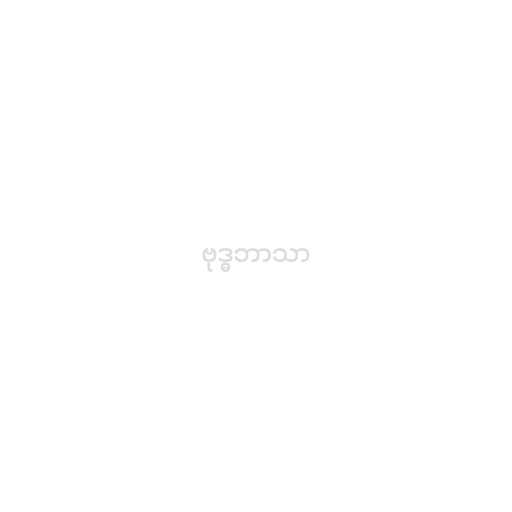
ဗုဒ္ဓဘာသာ